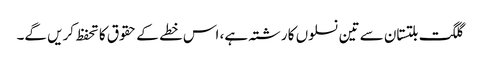
گلگت بلتستان سے تین نسلوں کا رشتہ ہے، اس خطے کے حقوق کا تحفظ کریں گے۔